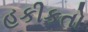
હકીકતો